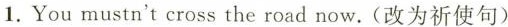
1.You mustn't cross the road now.(改为祈使句)